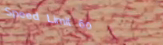
Speed Limit 60